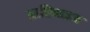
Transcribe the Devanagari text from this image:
आप्टिमाइज